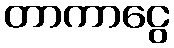
တာကာငွေ